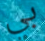
بي